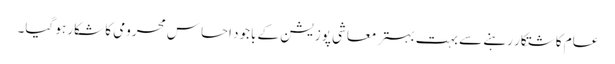
عام کاشتکار رہنے سے بہت بہتر معاشی پوزیشن کے باجود احساس محرومی کا شکار ہو گیا۔